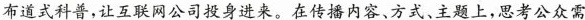
布道式科普，让互联网公司投身进来。在传播内容、方式、主题上，思考公众需